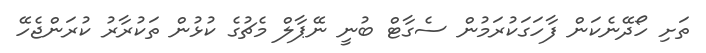
ތަށި ހޯދޭނެކަން ފާހަގަކުރަމުން ސެގާޓް ބުނީ ނޭޕާލް މެޗުގެ ކުޅުން ތަކުރާރު ކުރަންޖެހޭ